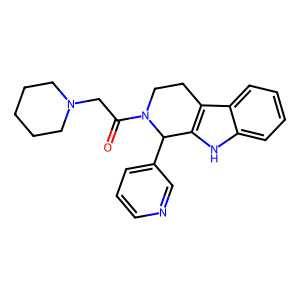
SMILES: O=C(CN1CCCCC1)N1CCc2c([nH]c3ccccc23)C1c1cccnc1
Inhibits HIV replication: No